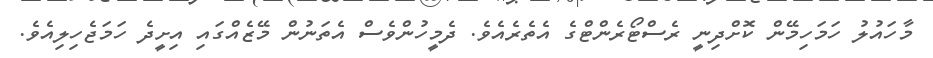
މާހައުލު ހަމަހިމޭން ކޮށްދިނީ ރެސްޓޯރެންޓްގެ އެތެރެއެވެ. ދެމީހުންވެސް އެތަނުން މޭޒެއްގައި އިށީދެ ހަމަޖެހިލިއެވެ.